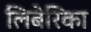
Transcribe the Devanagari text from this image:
लिबेरिका